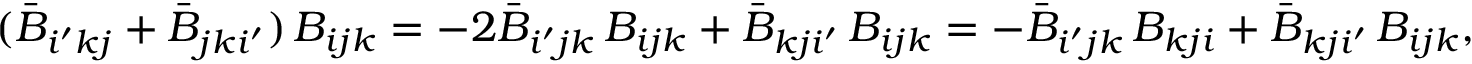
( \bar { B } _ { i ^ { \prime } k j } + \bar { B } _ { j k i ^ { \prime } } ) \, B _ { i j k } = - 2 \bar { B } _ { i ^ { \prime } j k } \, B _ { i j k } + \bar { B } _ { k j i ^ { \prime } } \, B _ { i j k } = - \bar { B } _ { i ^ { \prime } j k } \, B _ { k j i } + \bar { B } _ { k j i ^ { \prime } } \, B _ { i j k } ,